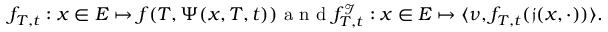
f _ { T , t } : x \in E \mapsto f ( T , \Psi ( x , T , t ) ) \mathrm { ~ a ~ n ~ d ~ } f _ { T , t } ^ { \mathcal { I } } : x \in E \mapsto \langle \nu , f _ { T , t } ( \mathfrak { j } ( x , \cdot ) ) \rangle .